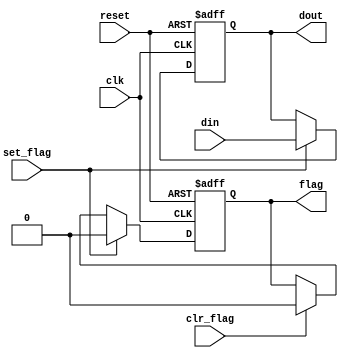
`timescale 1ns / 1ps
//////////////////////////////////////////////////////////////////////////////////
// Company: 
// Engineer: 
// 
// Design Name: 
// Module Name:    flag_buf 
// Project Name: 
// Target Devices: 
// Tool versions: 
// Description: 
//
// Dependencies: 
//
// Revision: 
// Revision 0.01 - File Created
// Additional Comments: 
//
//////////////////////////////////////////////////////////////////////////////////
module flag_buf #(parameter W=8)
	( input wire clk, reset,
	  input wire clr_flag, set_flag,
	  input wire [W-1:0] din,
	  output wire flag,
	  output wire [W-1:0] dout
    );

	reg [W-1:0] buf_reg, buf_next;
	reg flag_reg, flag_next;
	
	always @(posedge clk, posedge reset) begin
		if(reset) begin
			buf_reg <= 0;
			flag_reg <= 1'b0;
		end
		else begin
			buf_reg <= buf_next;
			flag_reg <= flag_next;
		end
	end
	
	always @(*) begin
		buf_next = buf_reg;
		flag_next = flag_reg;
		if(set_flag) begin
			buf_next = din;
			flag_next = 1'b0;
		end
		else if(clr_flag) begin
			flag_next = 1'b0;
		end
	end
	
	assign dout = buf_reg;
	assign flag = flag_reg;
	
endmodule